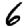
Digit: 6